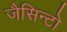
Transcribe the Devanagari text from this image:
जैसिन्टो